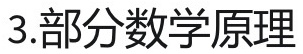
3.部分数学原理